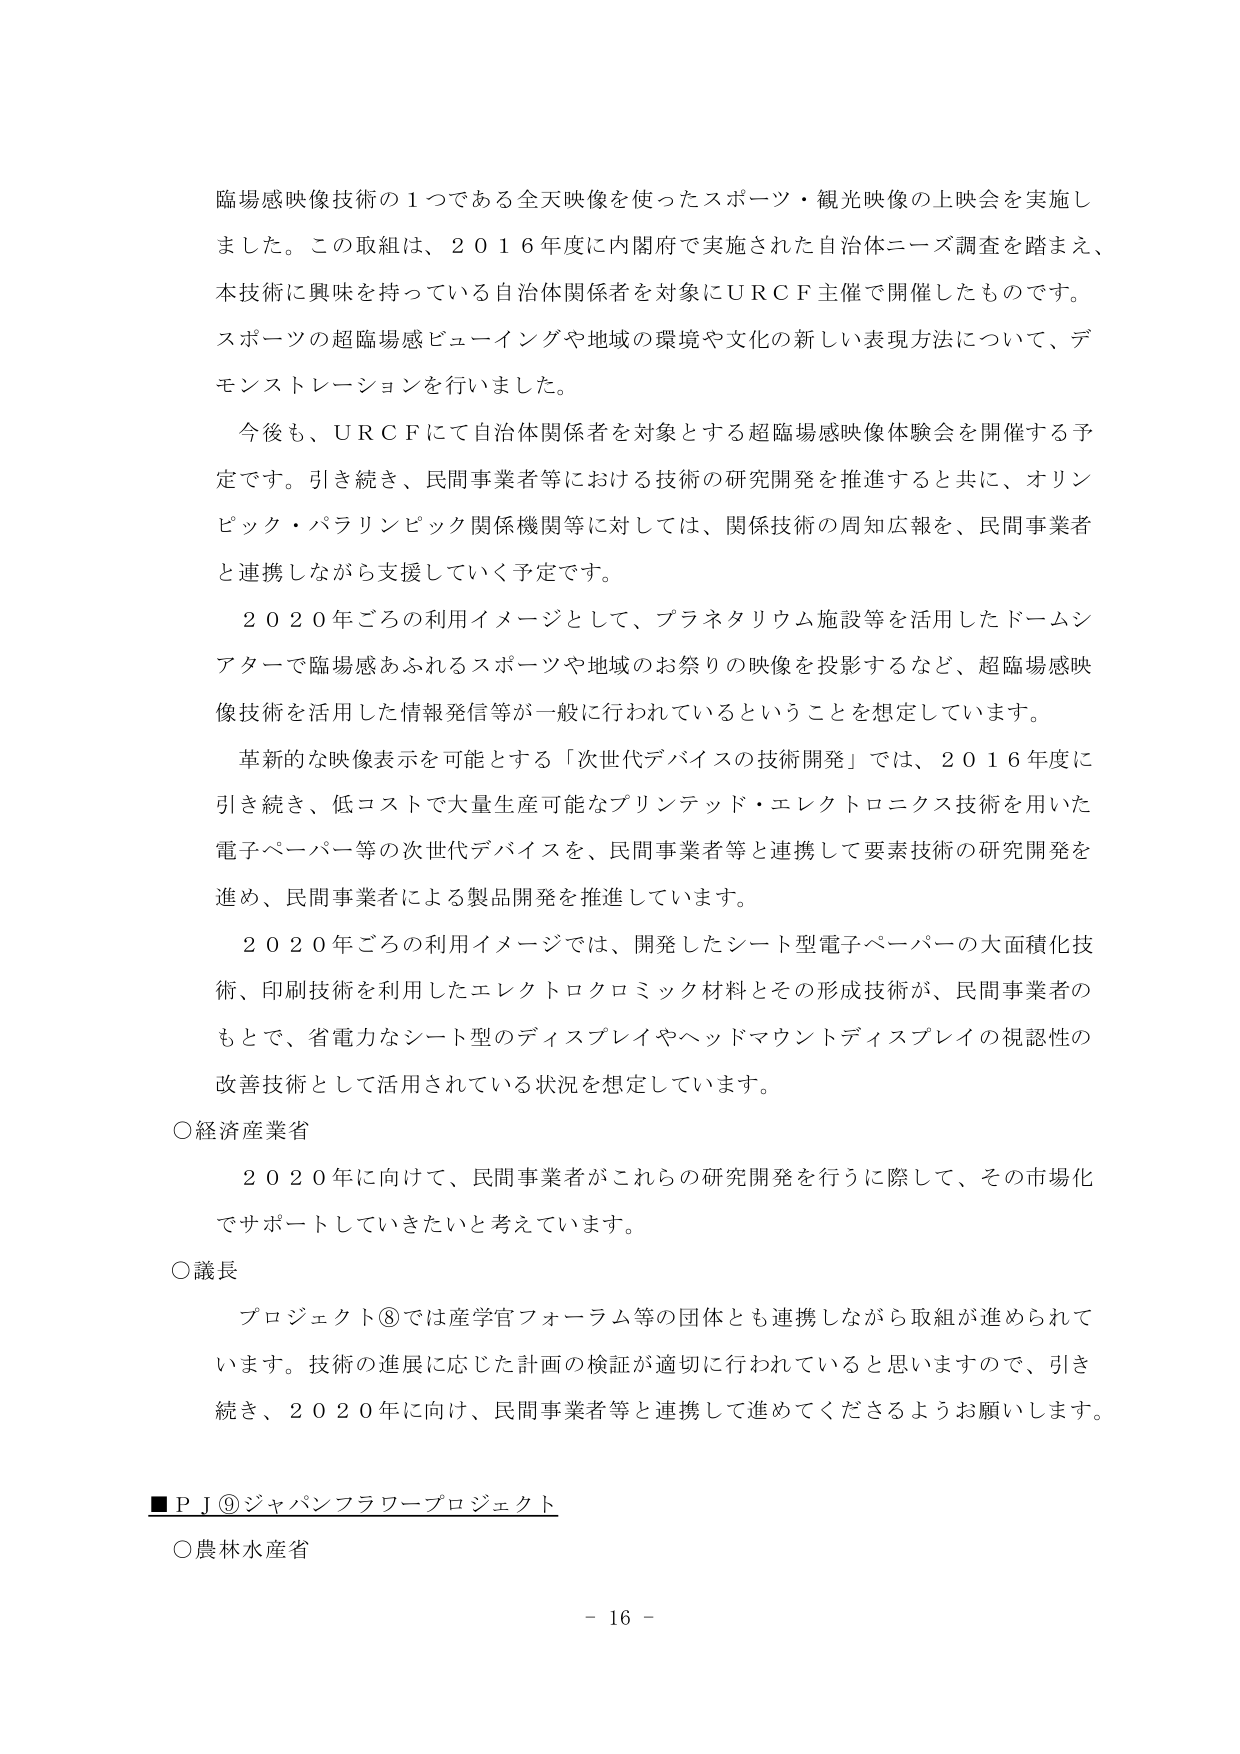
臨場感映像技術の１つである全天映像を使ったスポーツ・観光映像の上映会を実施しました。この取組は、２０１６年度に内閣府で実施された自治体ニーズ調査を踏まえ、本技術に興味を持っている自治体関係者を対象にＵＲＣＦ主催で開催したものです。スポーツの超臨場感ビューイングや地域の環境や文化の新しい表現方法について、デモンストレーションを行いました。

今後も、ＵＲＣＦにて自治体関係者を対象とする超臨場感映像体験会を開催する予定です。引き続き、民間事業者等における技術の研究開発を推進すると共に、オリンピック・パラリンピック関係機関等に対しては、関係技術の周知広報を、民間事業者と連携しながら支援していく予定です。

２０２０年ごろの利用イメージとして、プラネタリウム施設等を活用したドームシアターで臨場感あふれるスポーツや地域のお祭りの映像を投影するなど、超臨場感映像技術を活用した情報発信等が一般に行われているということを想定しています。

革新的な映像表示を可能とする「次世代デバイスの技術開発」では、２０１６年度に引き続き、低コストで大量生産可能なプリントテッド・エレクトロニクス技術を用いた電子ペーパー等の次世代デバイスを、民間事業者等と連携して要素技術の研究開発を進め、民間事業者による製品開発を推進しています。

２０２０年ごろの利用イメージでは、開発したシート型電子ペーパーの大面積化技術、印刷技術を利用したエレクトロクロミック材料とその形成技術が、民間事業者のもとで、省電力なシート型のディスプレイやヘッドマウントディスプレイの視認性の改善技術として活用されている状況を想定しています。

○経済産業省

２０２０年に向けて、民間事業者がこれらの研究開発を行うに際して、その市場化でサポートしていきたいと考えています。

○議長

プロジェクト⑧では産学官フォーラム等の団体とも連携しながら取組が進められています。技術の進展に応じた計画の検証が適切に行われていると思いますので、引き続き、２０２０年に向けて、民間事業者等と連携して進めてくださるようお願いします。

■ＰＪ⑨ジャパンフラワープロジェクト

○農林水産省

－ 16 －